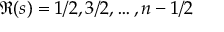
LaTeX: \Re ( s ) = 1 / 2 , 3 / 2 , \dots , n - 1 / 2